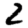
Digit: 2